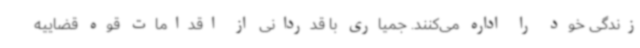
زندگی خود را اداره می‌کنند. جمیاری با قدردانی از اقدامات قوه قضاییه